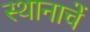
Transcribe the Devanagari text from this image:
स्थानाचें